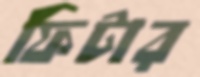
ফিটার